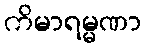
ကိမာရမ္မဏာ